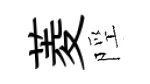
菱陘